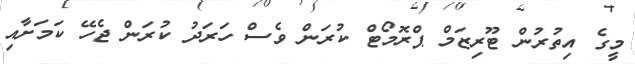
މީގެ އިތުރުން ޓޫރިޒަމް ޕްރޮމޯޓް ކުރަން ވެސް ހަރަދު ކުރަން ޖެހޭ ކަމަށާއި